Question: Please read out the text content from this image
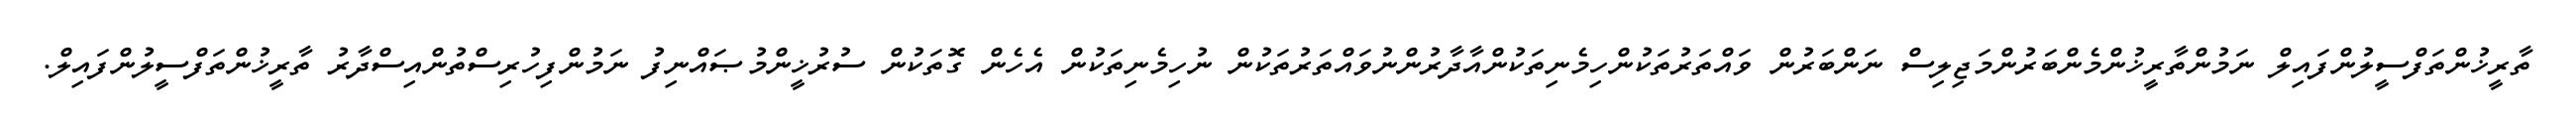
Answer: ތާރީޚުންތަފްސީލުންފައިލް ނަމުންތާރީޚުންމެންބަރުންމަޖިލިސް ނަންބަރުން ވައްތަރުތަކުންހިމެނިތަކުންއާދާރުންނުވައްތަރުތަކުން ނުހިމެނިތަކުން އެހެން ގޮތަކުން ސުރުޚީންމުޞައްނިފު ނަމުންފިހުރިސްތުންއިސްދާރު ތާރީޚުންތަފްސީލުންފައިލް.